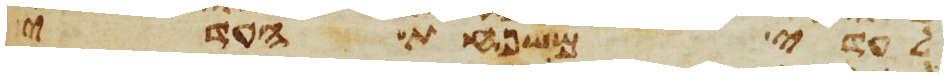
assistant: לעדי משפחת העדי